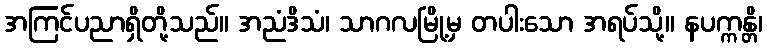
အကြင်ပညာရှိတို့သည်။ အညံဒိသံ၊ သာဂလမြို့မှ တပါးသော အရပ်သို့။ နပက္ကန္တိ၊